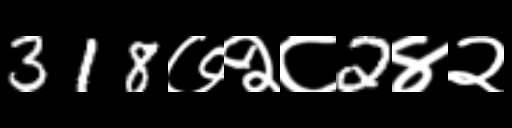
Text: 318७२८2४२